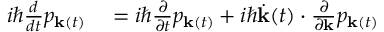
\begin{array} { r l } { i \hbar \frac { d } { d t } p _ { { \bf k } ( t ) } } & { { } = i \hbar \frac { \partial } { \partial t } p _ { { \bf k } ( t ) } + i \hbar \dot { \bf k } ( t ) \cdot \frac { \partial } { \partial { \bf k } } p _ { { \bf k } ( t ) } } \end{array}